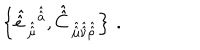
\left\{ \hat { \hat { e } \, } _ { \hat { \hat { \mu } } } { } ^ { \hat { \hat { a } } } , \hat { \hat { C } \, } _ { \hat { \hat { \mu } } \hat { \hat { \nu } } \hat { \hat { \rho } } } \right\} \, .